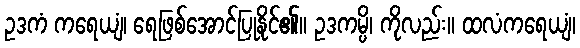
ဥဒကံ ကရေယျံ၊ ရေဖြစ်အောင်ပြုနိုင်၏။ ဥဒကမ္ပိ၊ ကိုလည်း။ ထလံကရေယျံ၊